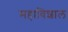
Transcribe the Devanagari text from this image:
महाविशाल